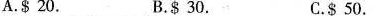
A.$ 20. B.$ 30. C.$ 50.